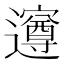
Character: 𮟡